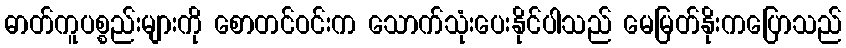
ဓာတ်ကူပစ္စည်းများကို စောတင်ဝင်းက သောက်သုံးပေးနိုင်ပါသည် မေမြတ်နိုးကပြောသည်